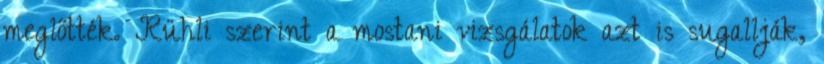
meglőtték. Rühli szerint a mostani vizsgálatok azt is sugallják,